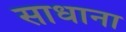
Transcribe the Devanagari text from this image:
साधाना